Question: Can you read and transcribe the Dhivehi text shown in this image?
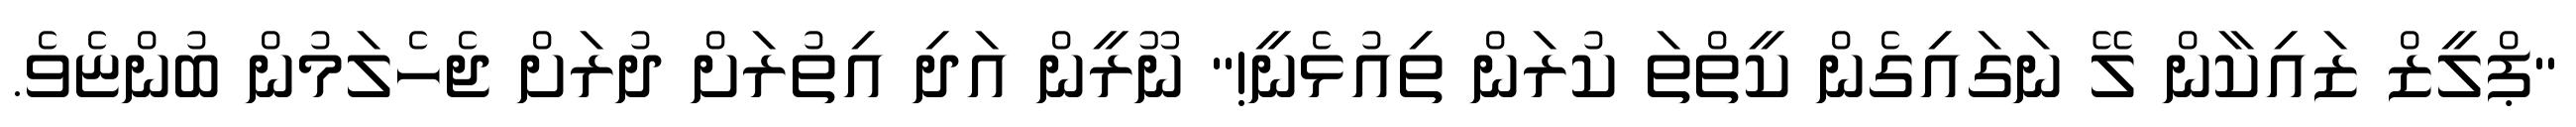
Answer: "ޕްލީޒް ޒައިކާން ލޭ ނަގައިގެން ކީތްތަ ކުރަން ތިއުޅެނީ!" ނޫރީން އަދި އިތުރަށް ދުރަށް ޖެހެލަމުން ބުންޏެވެ.